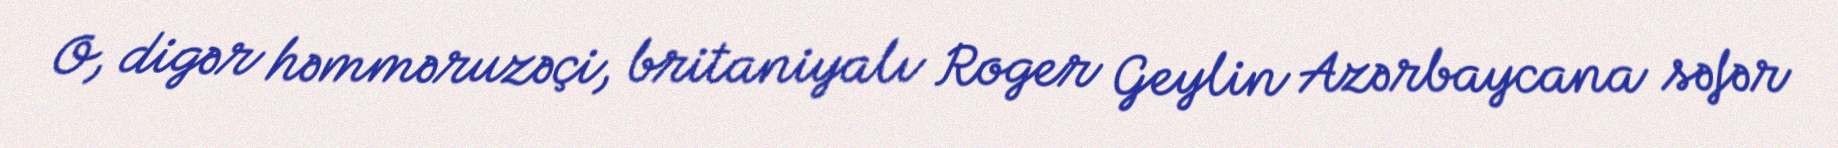
O, digər həmməruzəçi, britaniyalı Roger Geylin Azərbaycana səfər